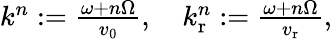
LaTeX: \begin{array}{r}{k^{n}:=\frac{\omega+n\Omega}{v_{0}},\quad k_{\mathrm{r}}^{n}:=\frac{\omega+n\Omega}{v_{\mathrm{r}}},}\end{array}